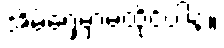
အိမ်ရှေ့မှာမထိုင်ပါနဲ့။